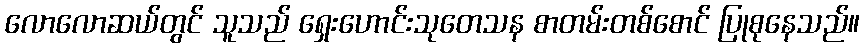
လောလောဆယ်တွင် သူသည် ရှေးဟောင်းသုတေသန စာတမ်းတစ်စောင် ပြုစုနေသည်။